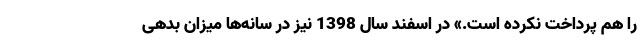
را هم پرداخت نکرده است.» در اسفند سال 1398 نیز در سانه‌ها میزان بدهی